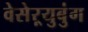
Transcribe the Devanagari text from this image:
वेसेऱ्युबुंग